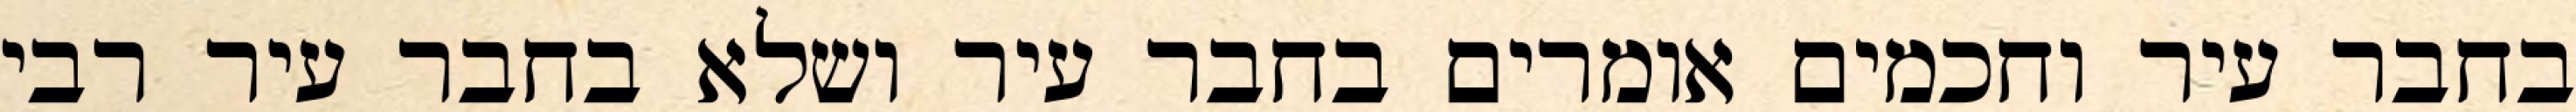
בחבר עיר וחכמים אומרים בחבר עיר ושלא בחבר עיר רבי